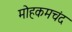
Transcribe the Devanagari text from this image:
मोहकमचंद